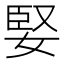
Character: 婜